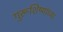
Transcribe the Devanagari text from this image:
गुरूशिष्यांच्या